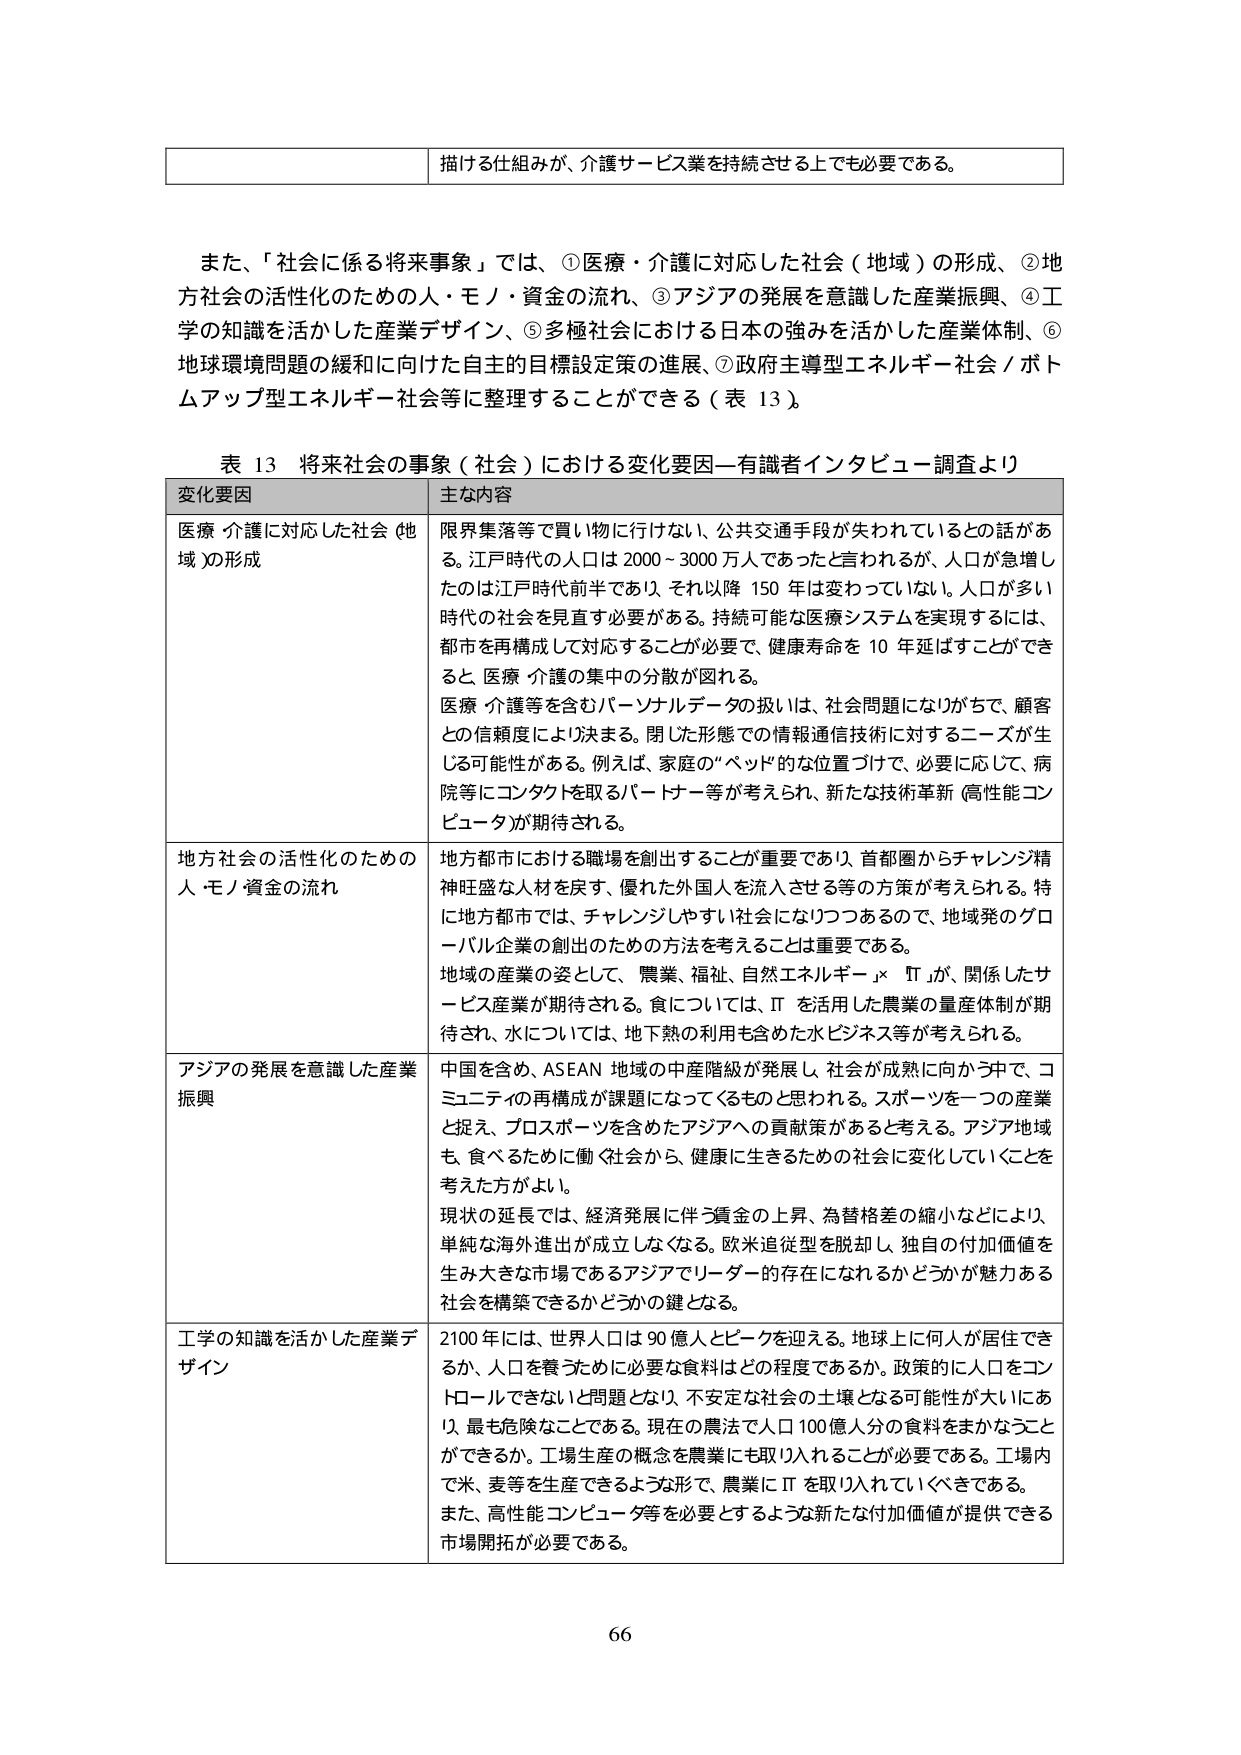
描ける仕組みが、介護サービス業を持続させる上でも必要である。

また、「社会に係る将来事象」では、①医療・介護に対応した社会（地域）の形成、②地方社会の活性化のための人・モノ・資金の流れ、③アジアの発展を意識した産業振興、④工学の知識を活かした産業デザイン、⑤多極社会における日本の強みを活かした産業体制、⑥地球環境問題の緩和に向けた自主的目標設定策の進展、⑦政府主導型エネルギー社会／ボトムアップ型エネルギー社会等に整理することができる（表 13）。

表 13 将来社会の事象（社会）における変化要因―有識者インタビュー調査より

変化要因 主な内容

医療・介護に対応した社会（地域）の形成 限界集落等で買い物に行けない、公共交通手段が失われているとの話がある。江戸時代の人口は 2000～3000 万人であったと言われるが、人口が急増したのは江戸時代前半であり、それ以降 150 年は変わっていない。人口が多い時代の社会を見直す必要がある。持続可能な医療システムを実現するには、都市を再構成して対応することが必要で、健康寿命を 10 年延ばすことができると、医療・介護の集中中の分散が図れる。医療・介護等を含むパーソナルデータの扱いは、社会問題になりがちで、顧客との信頼度により決まる。閉じた形態での情報通信技術に対するニーズが生じる可能性がある。例えば、家庭の“ベッド”的な位置づけで、必要に応じて、病院等にコンタクトを取るパートナー等が考えられ、新たな技術革新（高性能コンピュータ）が期待される。

地方社会の活性化のための人・モノ・資金の流れ 地方都市における職場を創出することが重要であり、首都圏からチャレンジ精神旺盛な人材を戻す、優れた外国人を流入させる等の方策が考えられる。特に地方都市では、チャレンジしやすい社会になりつつあるので、地域発のグローバル企業の創出のための方法を考えることは重要である。地域の産業の姿として、農業、福祉、自然エネルギー・IT が、関係したサービス産業が期待される。食については、IT を活用した農業の量産体制が期待され、水については、地下熱の利用も含めた水ビジネス等が考えられる。

アジアの発展を意識した産業振興 中国を含め、ASEAN 地域の中産階級が発展し、社会が成熟に向かう中で、コミュニティの再構成が課題になってくるものと思われる。スポーツを一つの産業と捉え、プロスポーツを含めたアジアへの貢献策があると考える。アジア地域も、食べるための働く社会から、健康に生きるための社会に変化していくことを考えた方がよい。現状の延長では、経済発展に伴う賃金の上昇、為替格差の縮小などにより、単純な海外進出が成立しなくなる。欧米追従型を脱却し、独自の付加価値を生み大きな市場であるアジアでリーダー的存在になれるかどうかが魅力ある社会を構築できるかどうかの鍵となる。

工学の知識を活かした産業デザイン 2100 年には、世界人口は 90 億人とピークを迎える。地球上に何人かが居住できるか、人口を養うために必要な食料はどの程度であるか。政策的に人口をコントロールできないと問題となり、不安定な社会の土壌となる可能性が大いにあり、最も危険なことである。現在の農法で人口 100 億人分の食料をまかなうことができるか。工場生産の概念を農業にも取り入れることが必要である。工場内で米、麦等を生産できるような形で、農業に IT を取り入れていくべきである。また、高性能コンピュータ等を必要とするような新たな付加価値が提供できる市場開拓が必要である。

66